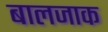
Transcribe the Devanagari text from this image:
बालजाक